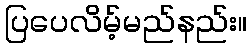
ပြပေလိမ့်မည်နည်း။